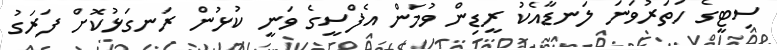
ސިޓީގެ ހަތަރުވަނަ ލަނޑާއެކު ރީޑިން ވުމަން އެފްސީގެ ވަނީ ކުޅުން ރަނގަޅުކޮށް ފަރަގު